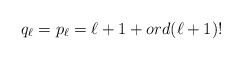
\begin{align*}q_\ell=p_\ell=\ell+1 + ord (\ell+1)!\end{align*}